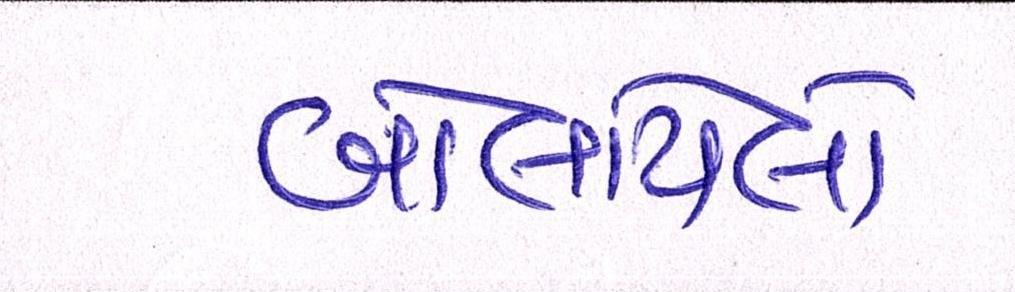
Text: બોલાયેલો